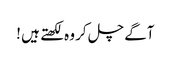
آگے چل کر وہ لکھتے ہیں !